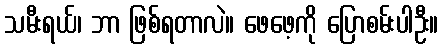
သမီးရယ်၊ ဘာ ဖြစ်ရတာလဲ။ ဖေဖေ့ကို ပြောစမ်းပါဦး။